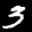
Label: 3